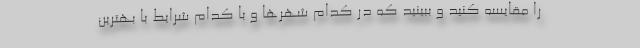
را مقایسه کنید و ببینید که در کدام شهرها و با کدام شرایط با بهترین